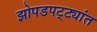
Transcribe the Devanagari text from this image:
झोपडपट्ट्यांत